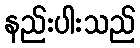
နည်းပါးသည်